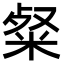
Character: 粲